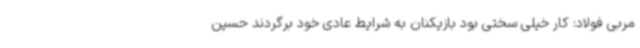
مربی فولاد: کار خیلی سختی بود بازیکنان به شرایط عادی خود برگردند حسین